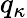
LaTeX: q_{\kappa}